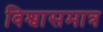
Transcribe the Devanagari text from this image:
विश्वासमात्र